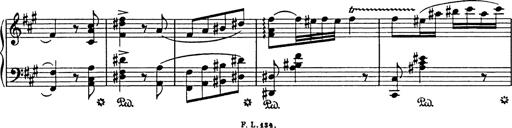
Title: Hungarian Rhapsody No.18
Composer: Franz Liszt
Key: F-sharp minor